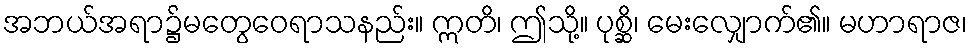
အဘယ်အရာ၌မတွေဝေရာသနည်း။ ဣတိ၊ ဤသို့။ ပုစ္ဆိ၊ မေးလျှောက်၏။ မဟာရာဇ၊